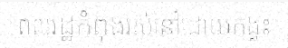
ពលរដ្ឋកំពុងរស់នៅដោយកង្វះ